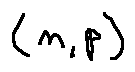
( n , p )